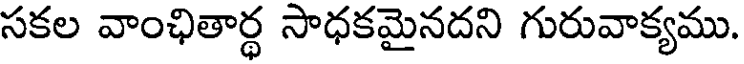
సకల వాంఛితార్థ సాధకమైనదని గురువాక్యము.